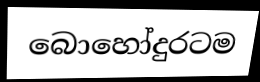
බොහෝදුරටම